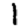
Digit: 1